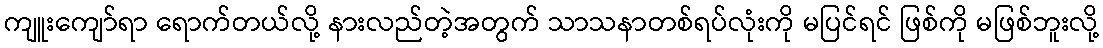
ကျူးကျော်ရာ ရောက်တယ်လို့ နားလည်တဲ့အတွက် သာသနာတစ်ရပ်လုံးကို မပြင်ရင် ဖြစ်ကို မဖြစ်ဘူးလို့